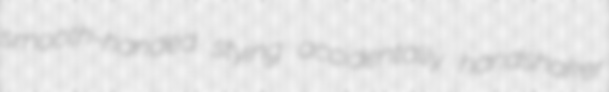
smooth-handed stying accidentally handshaker